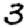
Digit: 3